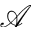
\mathcal { A }